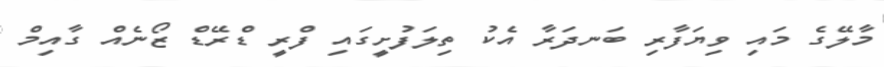
މާލޭގެ މައި ވިޔަފާރި ބަނދަރާ އެކު ތިލަފުށީގައި ފްރީ ޑްރޭޑް ޒޯނެއް ގާއިމް